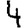
Digit: 4